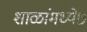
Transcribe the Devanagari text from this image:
शाळांमध्ये७